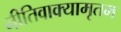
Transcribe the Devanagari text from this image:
नीतिवाक्यामृतम